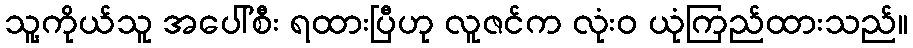
သူ့ကိုယ်သူ အပေါ်စီး ရထားပြီဟု လူဇင်က လုံးဝ ယုံကြည်ထားသည်။